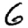
Digit: 6